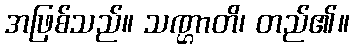
အဖြစ်သည်။ သဏ္ဌာတိ၊ တည်၏။